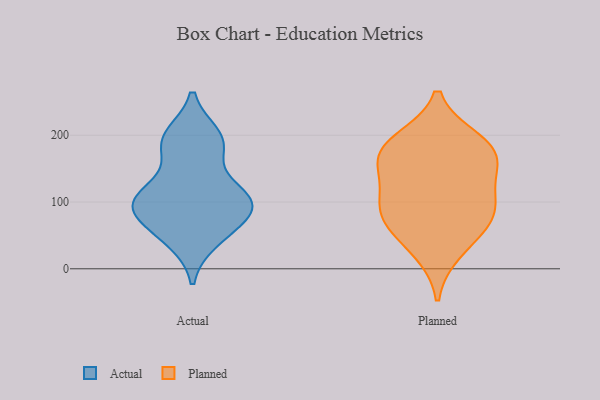
{"axis": {"x": "Revenue (USD Million)", "y": "Value"}, "legend": ["Actual", "Planned"], "data": [{"x": "", "y": 80, "type": "Actual"}, {"x": "", "y": 43, "type": "Actual"}, {"x": "", "y": 192, "type": "Actual"}, {"x": "", "y": 75, "type": "Actual"}, {"x": "", "y": 198, "type": "Actual"}, {"x": "", "y": 101, "type": "Actual"}, {"x": "", "y": 49, "type": "Actual"}, {"x": "", "y": 108, "type": "Actual"}, {"x": "", "y": 187, "type": "Actual"}, {"x": "", "y": 109, "type": "Actual"}, {"x": "", "y": 109, "type": "Actual"}, {"x": "", "y": 109, "type": "Actual"}, {"x": "", "y": 184, "type": "Actual"}, {"x": "", "y": 88, "type": "Actual"}, {"x": "", "y": 26, "type": "Planned"}, {"x": "", "y": 160, "type": "Planned"}, {"x": "", "y": 86, "type": "Planned"}, {"x": "", "y": 156, "type": "Planned"}, {"x": "", "y": 173, "type": "Planned"}, {"x": "", "y": 192, "type": "Planned"}, {"x": "", "y": 109, "type": "Planned"}, {"x": "", "y": 65, "type": "Planned"}, {"x": "", "y": 186, "type": "Planned"}, {"x": "", "y": 68, "type": "Planned"}, {"x": "", "y": 106, "type": "Planned"}]}